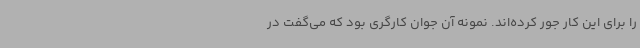
را برای این کار جور کرده‌اند. نمونه آن جوان کارگری بود که می‌گفت در